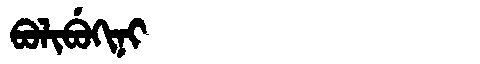
Manchu: ᠪᠣᠯᡳᠪᡠᡴᡳᠨᡳ
Romanization: BOLIBUKINI